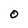
Character: O